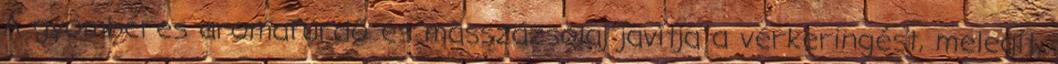
A gyömbéres aromafürdő és masszázsolaj javítja a vérkeringést, melegít,